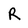
Character: R